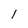
Character: 1